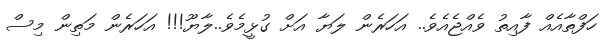
ހަފްތާއެއް ފާއިތު ވެއްޖެއެވެ.. އަހަރެން ލަޔާ އަށް ގުޅީމެވެ..ލާޔޫ!!! އަހަރެން މަތިން މިސް